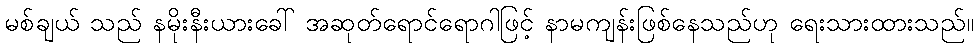
မစ်ချယ် သည် နမိုးနီးယားခေါ် အဆုတ်ရောင်ရောဂါဖြင့် နာမကျန်းဖြစ်နေသည်ဟု ရေးသားထားသည်။